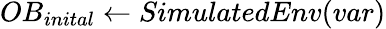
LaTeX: OB_{inital}\leftarrow SimulatedEnv(var)